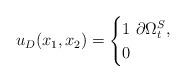
LaTeX: \begin{align*}u_D(x_1,x_2) =\begin{cases}1 ~ \partial \Omega_t^S, \\0 \end{cases}\end{align*}